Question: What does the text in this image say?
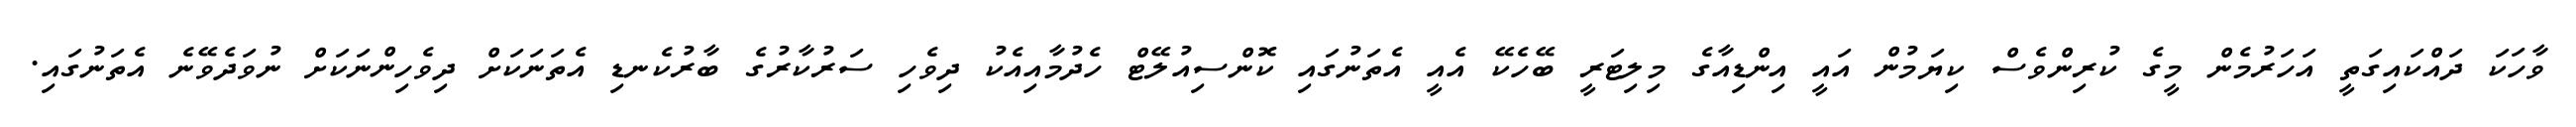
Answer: ވާހަކަ ދައްކައިގަތީ އަހަރުމެން މީގެ ކުރިންވެސް ކިޔަމުން އައީ އިންޑިއާގެ މިލިޓަރީ ބޭހެކޭ އެއީ އެތަނުގައި ކޮންސިއުލޭޓް ހެދުމާއިއެކު ދިވެހި ސަރުކާރުގެ ބާރުކެނޑި އެތަނަކަށް ދިވެހިންނަކަށް ނުވަދެވޭނެ އެތަނުގައި.